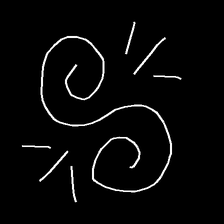
Glyph: wind-directs-air